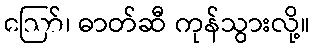
ဪ၊ ဓာတ်ဆီ ကုန်သွားလို့။